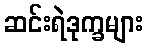
ဆင်းရဲဒုက္ခများ